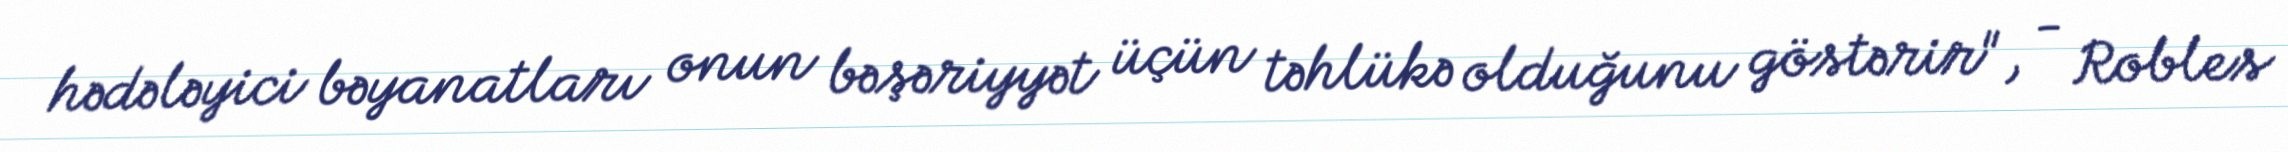
hədələyici bəyanatları onun bəşəriyyət üçün təhlükə olduğunu göstərir", - Robles